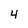
Character: 4